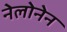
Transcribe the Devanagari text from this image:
नेलोनेन